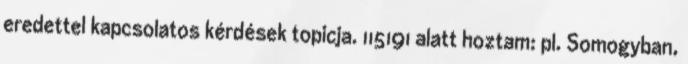
eredettel kapcsolatos kérdések topicja. 115191 alatt hoztam: pl. Somogyban,